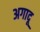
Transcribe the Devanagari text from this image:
अगादू